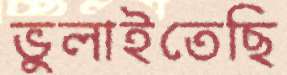
ভুলাইতেছি